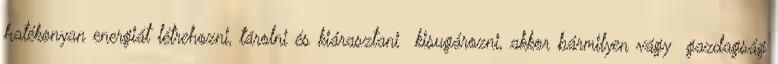
hatékonyan energiát létrehozni, tárolni és kiárasztani kisugározni, akkor bármilyen vágy gazdagság